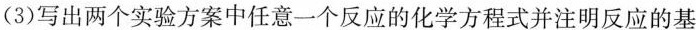
(3)写出两个实验方案中任意一个反应的化学方程式并注明反应的基